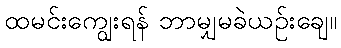
ထမင်းကျွေးရန် ဘာမျှမခဲယဉ်းချေ။